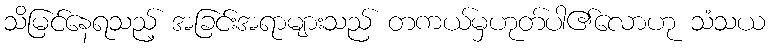
သိမြင်နေရသည့် အခြင်းအရာများသည် တကယ်မှဟုတ်ပါ၏လောဟု သံသယ